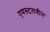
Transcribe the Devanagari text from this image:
एमस्टलवीन